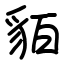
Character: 貊